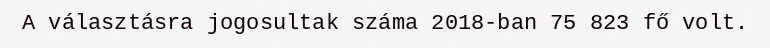
A választásra jogosultak száma 2018-ban 75 823 fő volt.